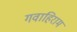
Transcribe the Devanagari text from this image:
गवाहिराम